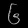
Digit: ၆